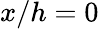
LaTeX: x/h=0